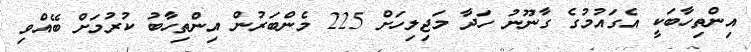
އިންތިހާބަކީ އެގައުމުގެ ގާނޫނު ހަދާ މަޖިލިހަށް 225 މެންބަރުން އިންތިހާބު ކުރުމަށް ބޭއްވި